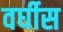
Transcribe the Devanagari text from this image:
वर्घीस